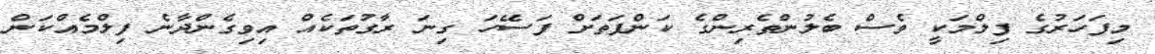
މިފަހަރުގެ ފިލްމަކީ ވެސް ބެލުންތެރިންގެ ކަންފަތަށް ފަސޭހަ ގިނަ ރާގުތަކެއް އިވިގެންދާނެ ފިލްމެއްކަން